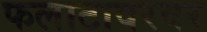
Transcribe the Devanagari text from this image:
फलाटावरवर